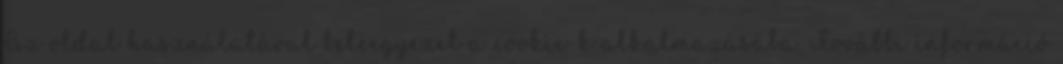
Az oldal használatával beleegyezel a cookie-k alkalmazásába. További információ